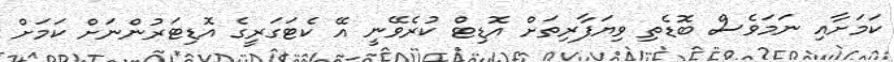
ކަމަށާއި ނަމަވެސް ބޮޑެތި ވިޔަފާރިތަށް އޮޑިޓް ކުރެވޭނީ އޭ ކެޓަގަރީގެ އޮޑިޓަރުންނަށް ކަމަށް